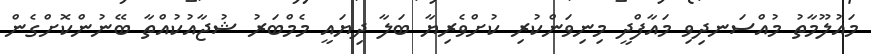
މައުލޫމާތު މުއްސަނދިވި މައާފްދީ މިނިވަންކުރި ކުށްވެރިޔާ ބަލާ ދިޔައީ މެމްބަރު ޝުޖާއުކުއްތާ ބޭނުންކޮށްގެން